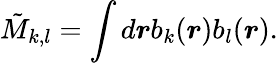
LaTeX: \tilde{M}_{k,l}=\int d\boldsymbol{r}b_{k}(\boldsymbol{r})b_{l}(\boldsymbol{r}).